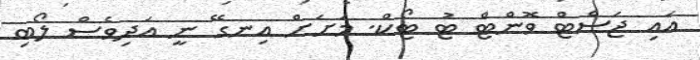
އައި ޖަސްޓް ވޮންޓް ޓު ޓޯކް. މަށަށް އިނގޭ ނީ އަދިވެސް ލޯބި